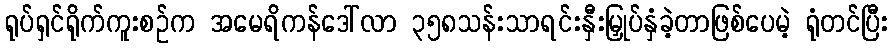
ရုပ်ရှင်ရိုက်ကူးစဉ်က အမေရိကန်ဒေါ်လာ ၃၅၈သန်းသာရင်းနှီးမြှုပ်နှံခဲ့တာဖြစ်ပေမဲ့ ရုံတင်ပြီး